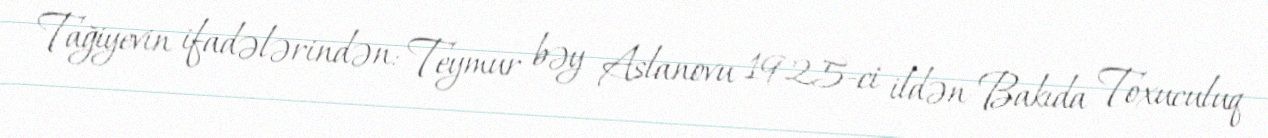
Tağiyevin ifadələrindən: Teymur bəy Aslanovu 1925-ci ildən-Bakıda Toxuculuq